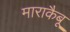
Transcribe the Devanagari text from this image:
माराकैबू